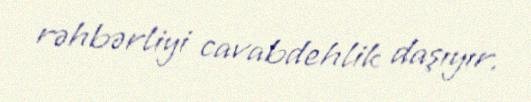
rəhbərliyi cavabdehlik daşıyır.